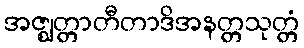
အဇ္ဈတ္တာတီတာဒိအနတ္တသုတ္တံ